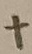
Text: +